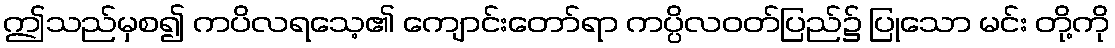
ဤသည်မှစ၍ ကပိလရသေ့၏ ကျောင်းတော်ရာ ကပ္ပိလဝတ်ပြည်၌ ပြုသော မင်း တို့ကို